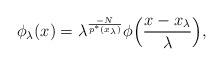
LaTeX: \begin{align*}\phi_\lambda(x) =\lambda^\frac{-N}{p^*(x_\lambda)}\phi\Big(\frac{x-x_\lambda}{\lambda}\Big),\end{align*}